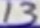
Text: 13